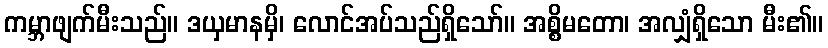
ကမ္ဘာဖျက်မီးသည်။ ဒယှမာနမှိ၊ လောင်အပ်သည်ရှိသော်။ အစ္စိမတော၊ အလျှံရှိသော မီး၏။